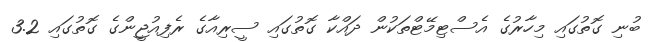
ބުނި ގޮތުގައި މިހާރުގެ އެސްޓިމޭޓްތަކުން ދައްކާ ގޮތުގައި ސީރިއާގެ ރެފިއުޖީންގެ ގޮތުގައި 3.2